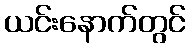
ယင်းနောက်တွင်